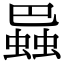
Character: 𧎱